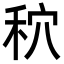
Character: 𮂾